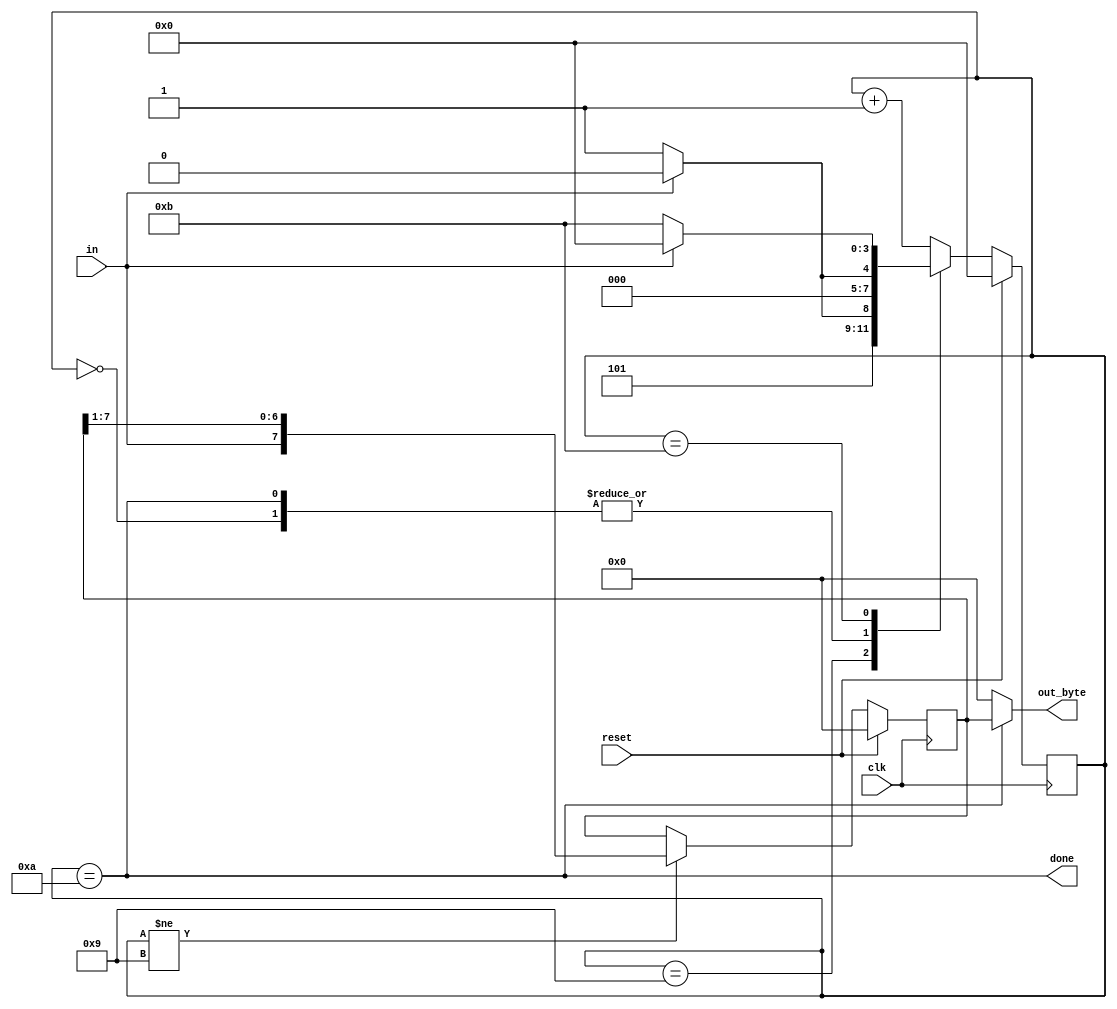
module top_module(
    input clk,
    input in,
    input reset,    // Synchronous reset
    output [7:0] out_byte,
    output done
); //

    // Use FSM from Fsm_serial
    parameter [3:0] IDLE = 0, START = 1, DONE = 9, STOP = 10, ERROR = 11;
    reg [3:0] state, next_state;
    reg [7:0] data_reg;

    always @(*) begin
        next_state = state + 1'b1;
        case (state) 
            IDLE: next_state = (in == 0) ? START : IDLE;
            DONE: next_state = (in == 1) ?  STOP : ERROR;
            STOP: next_state = (in == 0) ? START : IDLE;
           ERROR: next_state = (in == 1) ?  IDLE : ERROR; 
        endcase
    end

    always @(posedge clk) begin
        if (reset) state <= IDLE;
        else       state <= next_state; 
    end

    assign done = (state == STOP);

    // New: Datapath to latch input bits.
    always @(posedge clk) begin
        if (reset) 
            data_reg <= 0;
        else if (state != DONE) 
            data_reg <= {in, data_reg[7:1]}; 
    end

    assign out_byte = done ? data_reg : 8'd0;

endmodule